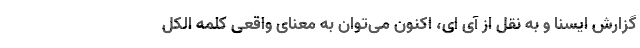
گزارش ایسنا و به نقل از آی ای، اکنون می‌توان به معنای واقعی کلمه الکل